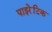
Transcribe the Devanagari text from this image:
पाइरेटिक